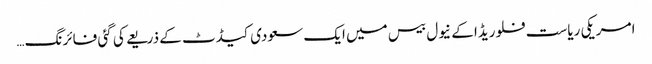
امریکی ریاست فلوریڈا کے نیول بیس میں ایک سعودی کیڈٹ کے ذریعے کی گئی فائرنگ …